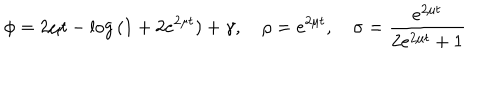
\phi = 2 \mu t - \log { ( 1 + 2 e ^ { 2 \mu t } ) } + \gamma , ~ \rho = e ^ { 2 \mu t } , ~ \sigma = \frac { e ^ { 2 \mu t } } { 2 e ^ { 2 \mu t } + 1 }